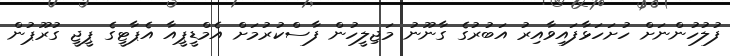
ފުލުހުންނަށް ހުށަހަޅާފައިވާއިރު އަބުރުގެ ގާނޫނު މަޖިލީހުން ފާސްކުރުމަށް އެމްޑީޕީއާ އެޕާޓީގެ ޕީޖީ ގުރޫޕުން